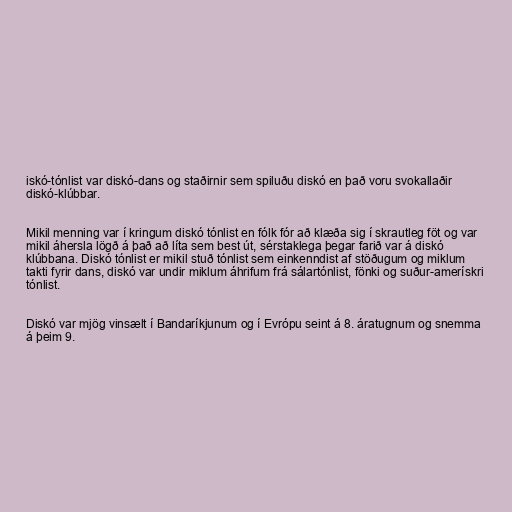
iskó-tónlist var diskó-dans og staðirnir sem spiluðu diskó en það voru svokallaðir
diskó-klúbbar.

Mikil menning var í kringum diskó tónlist en fólk fór að klæða sig í skrautleg föt og var
mikil áhersla lögð á það að líta sem best út, sérstaklega þegar farið var á diskó
klúbbana. Diskó tónlist er mikil stuð tónlist sem einkenndist af stöðugum og miklum
takti fyrir dans, diskó var undir miklum áhrifum frá sálartónlist, fönki og suður-amerískri
tónlist.

Diskó var mjög vinsælt í Bandaríkjunum og í Evrópu seint á 8. áratugnum og snemma
á þeim 9.